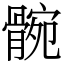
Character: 䯛